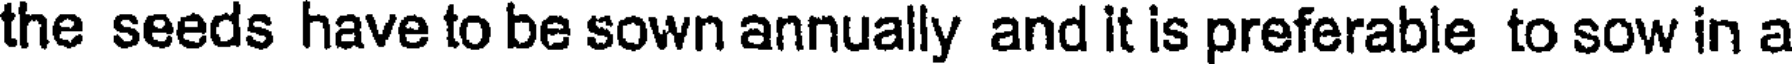
the seeds have to be sown annually and it is preferable to sow in a